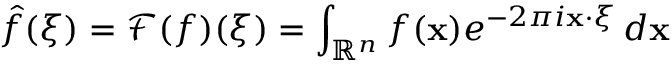
{ \hat { f } } ( { \boldsymbol { \xi } } ) = { \mathcal { F } } ( f ) ( { \boldsymbol { \xi } } ) = \int _ { \mathbb { R } ^ { n } } f ( \mathbf { x } ) e ^ { - 2 \pi i \mathbf { x } \cdot { \boldsymbol { \xi } } } \, d \mathbf { x }